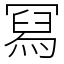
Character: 冩